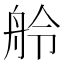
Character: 舲